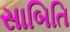
સાબિતિ